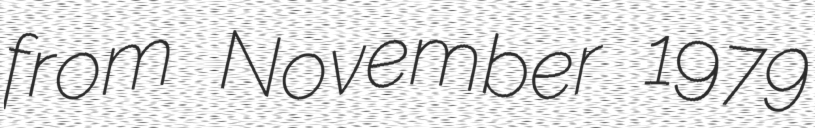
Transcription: from November 1979